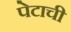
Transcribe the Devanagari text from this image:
पेटाची